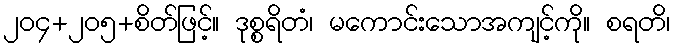
၂၀၄+၂၀၅+စိတ်ဖြင့်။ ဒုစ္စရိတံ၊ မကောင်းသောအကျင့်ကို။ စရတိ၊